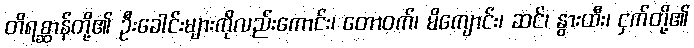
တိရစ္ဆာန်တို့၏ ဦးခေါင်းများကိုလည်းကောင်း၊ တောဝက်၊ မိကျောင်း၊ ဆင်၊ နွားထီး၊ ငှက်တို့၏